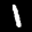
Label: 1